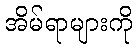
အိမ်ရာများကို